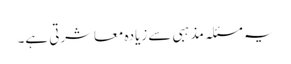
یہ مسئلہ مذہبی سے زیادہ معاشرتی ہے۔